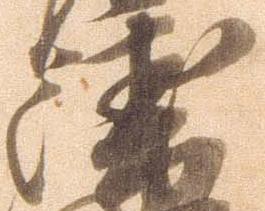
衛